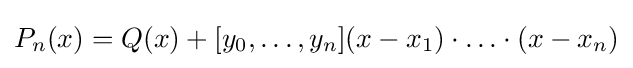
P_{n}(x)=Q(x)+[y_{0},\ldots ,y_{n}](x-x_{1})\cdot \ldots \cdot (x-x_{n})